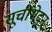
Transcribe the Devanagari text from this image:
सूचीभेदन